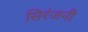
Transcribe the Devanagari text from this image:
सिरंजनी